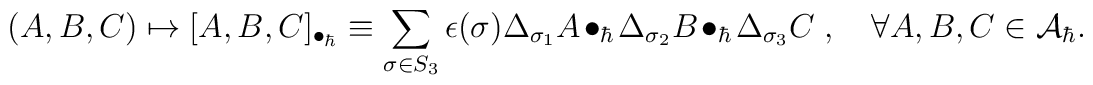
(A,B,C)\mapsto [A,B,C]_{\bullet_\hbar} \equiv \sum_{\sigma\in S_3}\epsilon(\sigma) \Delta_{\sigma_1}A\bullet_\hbar \Delta_{\sigma_2}B\bullet_\hbar \Delta_{\sigma_3}C\; ,\quad \forall A,B,C\in {\cal A}_\hbar.